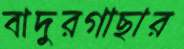
বাদুরগাছার